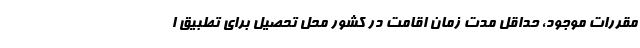
مقررات موجود، حداقل مدت زمان اقامت در کشور محل تحصیل برای تطبیق ا